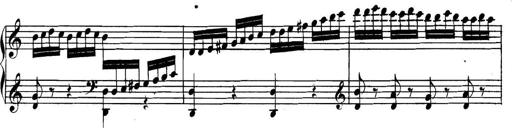
Title: Collected Piano Sonatas
Composer: Muzio Clementi